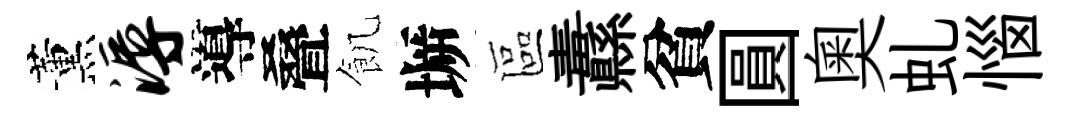
薰溽導叠飢󶱲區纛貧圓奥虬惱